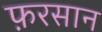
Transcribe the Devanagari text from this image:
फ़रसान